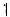
1